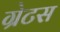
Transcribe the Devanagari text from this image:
ग्रेटस